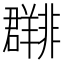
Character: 𬚀